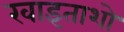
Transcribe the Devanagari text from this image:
खाइताशो